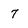
Character: 7